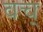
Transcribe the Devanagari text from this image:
वच्